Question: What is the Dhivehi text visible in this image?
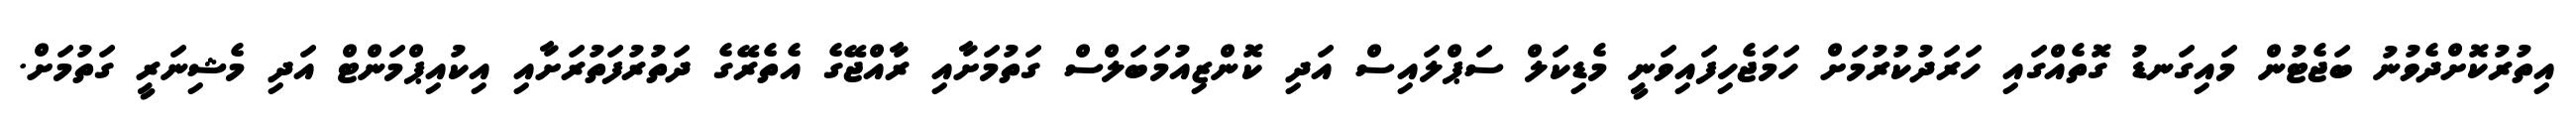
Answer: އިތުރުކޮށްދެވުނު ބަޖެޓުން މައިގަނޑު ގޮތެއްގައި ހަރަދުކުރުމަށް ހަމަޖެހިފައިވަނީ މެޑިކަލް ސަޕްލައިސް އަދި ކޮންޒިއުމަބަލްސް ގަތުމަށާއި ރާއްޖޭގެ އެތެރޭގެ ދަތުރުފަތުރަށާއި އިކުއިޕްމަންޓް އަދި މެޝިނަރީ ގަތުމަށް.